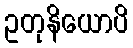
ဥတုနိယောပိ